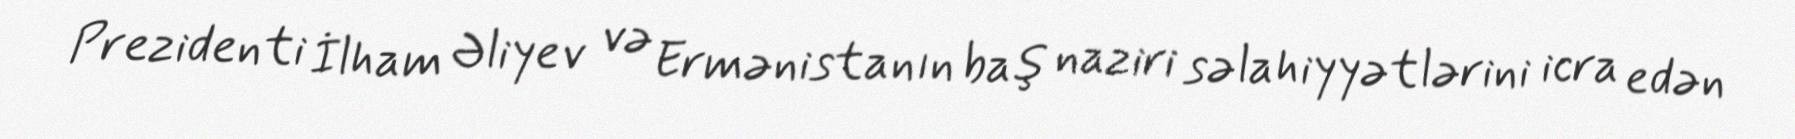
Prezidenti İlham Əliyev və Ermənistanın baş naziri səlahiyyətlərini icra edən